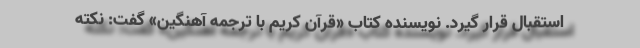
استقبال قرار گیرد. نویسنده کتاب «قرآن کریم با ترجمه آهنگین» گفت: نکته